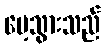
မေ့သွားသည်